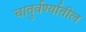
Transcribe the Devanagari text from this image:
चातुर्वर्ण्यातील